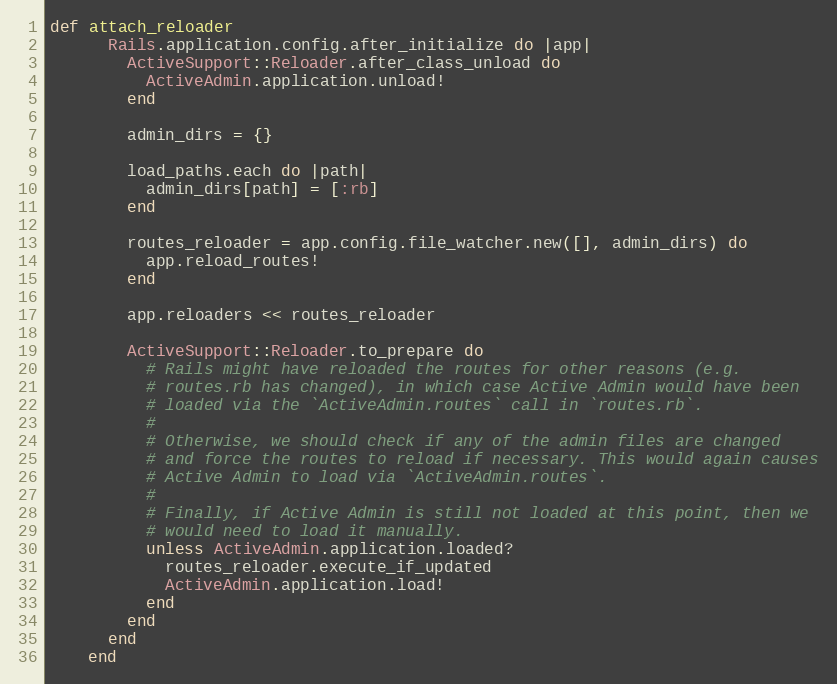
Language: Ruby
def attach_reloader
      Rails.application.config.after_initialize do |app|
        ActiveSupport::Reloader.after_class_unload do
          ActiveAdmin.application.unload!
        end

        admin_dirs = {}

        load_paths.each do |path|
          admin_dirs[path] = [:rb]
        end

        routes_reloader = app.config.file_watcher.new([], admin_dirs) do
          app.reload_routes!
        end

        app.reloaders << routes_reloader

        ActiveSupport::Reloader.to_prepare do
          # Rails might have reloaded the routes for other reasons (e.g.
          # routes.rb has changed), in which case Active Admin would have been
          # loaded via the `ActiveAdmin.routes` call in `routes.rb`.
          #
          # Otherwise, we should check if any of the admin files are changed
          # and force the routes to reload if necessary. This would again causes
          # Active Admin to load via `ActiveAdmin.routes`.
          #
          # Finally, if Active Admin is still not loaded at this point, then we
          # would need to load it manually.
          unless ActiveAdmin.application.loaded?
            routes_reloader.execute_if_updated
            ActiveAdmin.application.load!
          end
        end
      end
    end